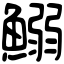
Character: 鰯